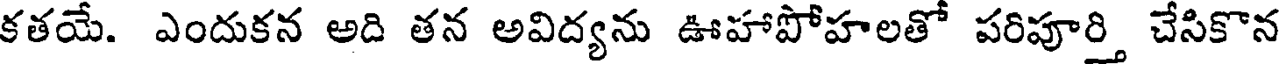
కతయే. ఎందుకన అది తన అవిద్యను ఊహాపోహలతో పరిపూర్తి చేసికొన